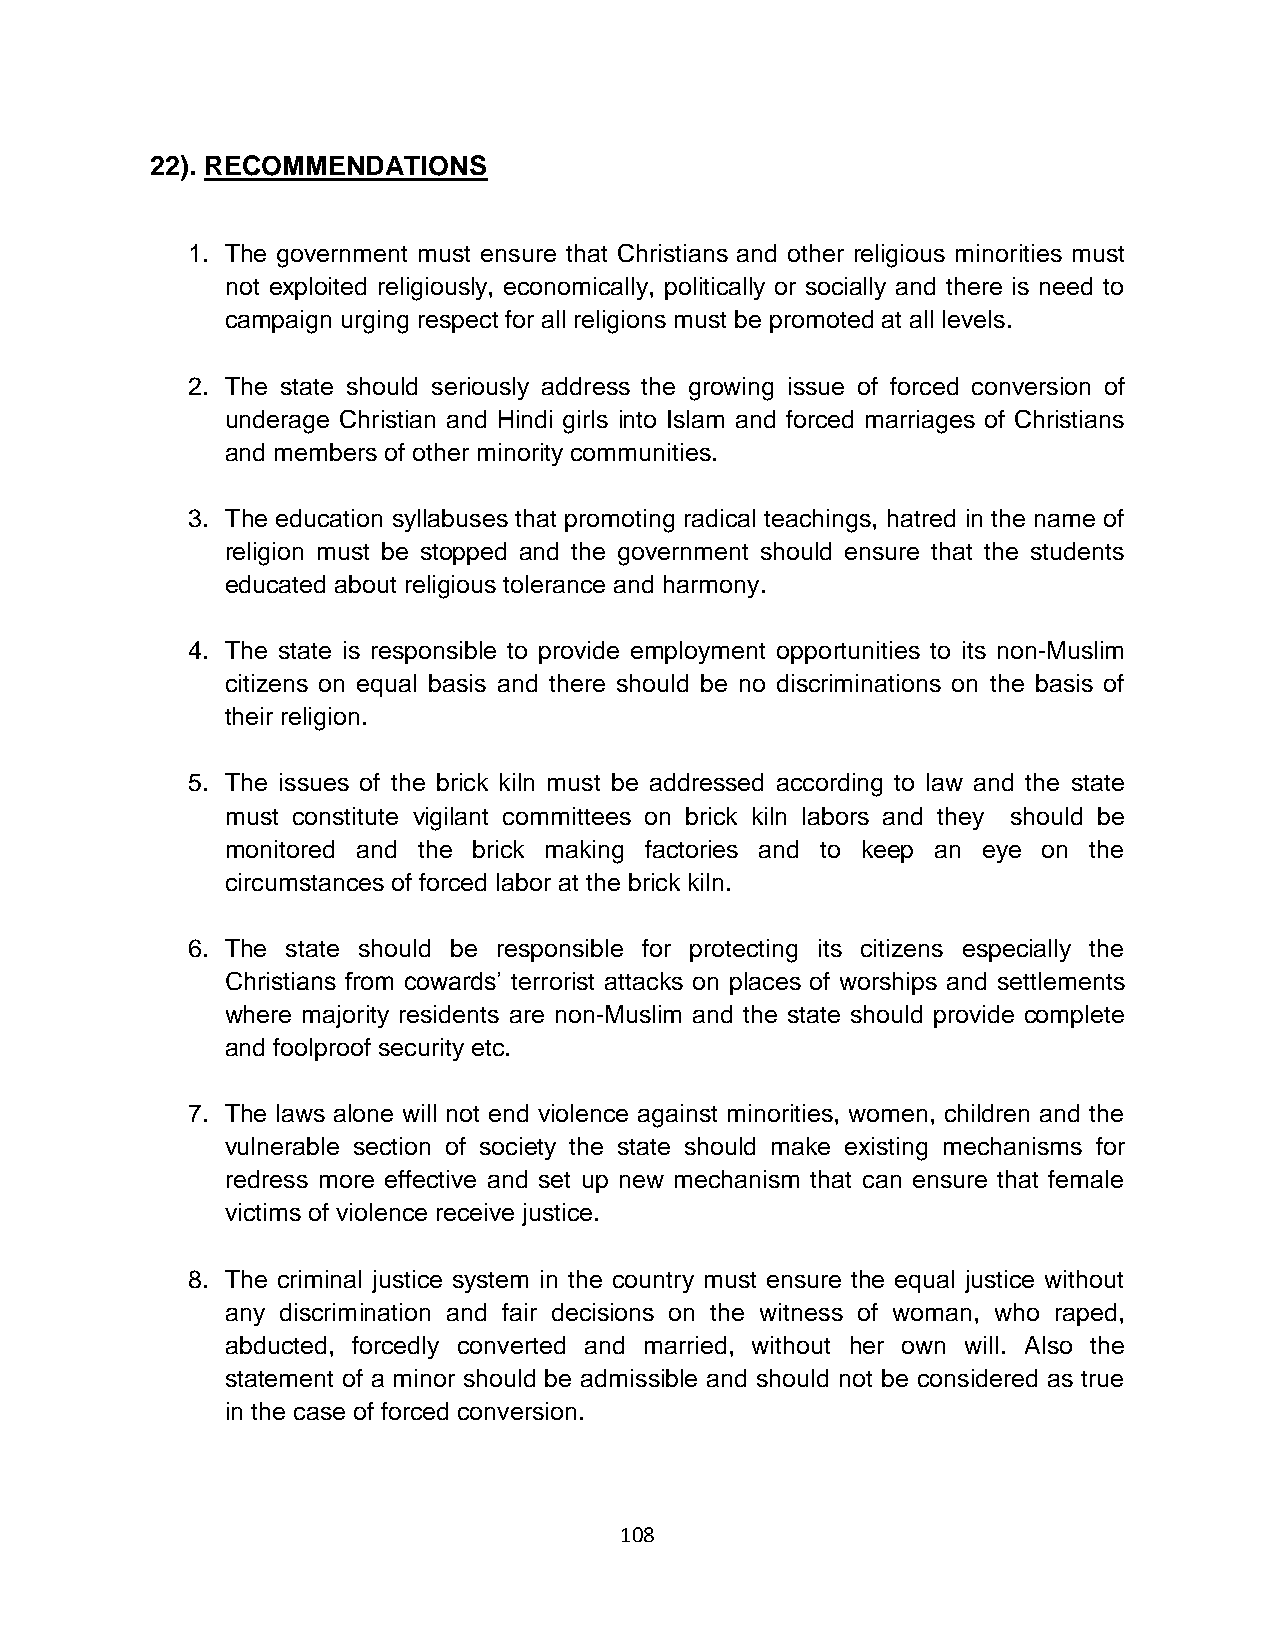
22). RECOMMENDATIONS
 1. The government must ensure that Christians and other religious minorities must
 not exploited religiously, economically, politically or socially and there is need to
 campaign urging respect for all religions must be promoted at all levels.
 2. The state should seriously address the growing issue of forced conversion of
 underage Christian and Hindi girls into Islam and forced marriages of Christians
 and members of other minority communities.
 3. The education syllabuses that promoting radical teachings, hatred in the name of
 religion must be stopped and the government should ensure that the students
 educated about religious tolerance and harmony.
 4. The state is responsible to provide employment opportunities to its non-Muslim
 citizens on equal basis and there should be no discriminations on the basis of
 their religion.
 5. The issues of the brick kiln must be addressed according to law and the state
 must constitute vigilant committees on brick kiln labors and they should be
 monitored and the brick making factories and to keep an eye on the
 circumstances of forced labor at the brick kiln.
 6. The state should be responsible for protecting its citizens especially the
 Christians from cowards’ terrorist attacks on places of worships and settlements
 where majority residents are non-Muslim and the state should provide complete
 and foolproof security etc.
 7. The laws alone will not end violence against minorities, women, children and the
 vulnerable section of society the state should make existing mechanisms for
 redress more effective and set up new mechanism that can ensure that female
 victims of violence receive justice.
 8. The criminal justice system in the country must ensure the equal justice without
 any discrimination and fair decisions on the witness of woman, who raped,
 abducted, forcedly converted and married, without her own will. Also the
 statement of a minor should be admissible and should not be considered as true
 in the case of forced conversion.
 108